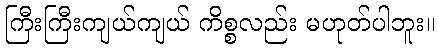
ကြီးကြီးကျယ်ကျယ် ကိစ္စလည်း မဟုတ်ပါဘူး။